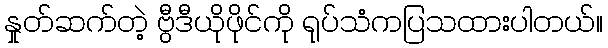
နှုတ်ဆက်တဲ့ ဗွီဒီယိုဖိုင်ကို ရုပ်သံကပြသထားပါတယ်။